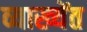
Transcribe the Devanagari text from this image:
व्याख्येंत